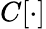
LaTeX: C[\cdot]